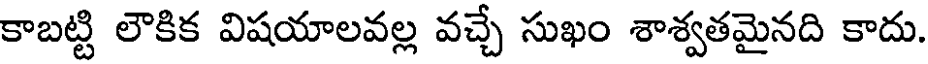
కాబట్టి లౌకిక విషయాలవల్ల వచ్చే సుఖం శాశ్వతమైనది కాదు.